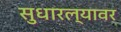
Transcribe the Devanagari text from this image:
सुधारल्यावर